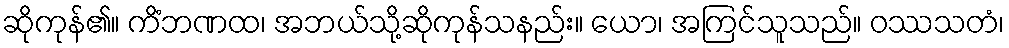
ဆိုကုန်၏။ ကိံဘဏထ၊ အဘယ်သို့ဆိုကုန်သနည်း။ ယော၊ အကြင်သူသည်။ ဝဿသတံ၊